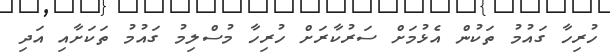
ހުރިހާ ގައުމު ތަކުން އެޅުމަށް ސަރުކާރަށް ހުރިހާ މުސްލިމު ގައުމު ތަކަށާއި އަދި